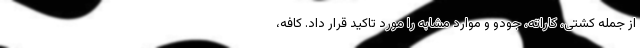
از جمله کشتی، کاراته، جودو و موارد مشابه را مورد تاکید قرار داد. کافه،